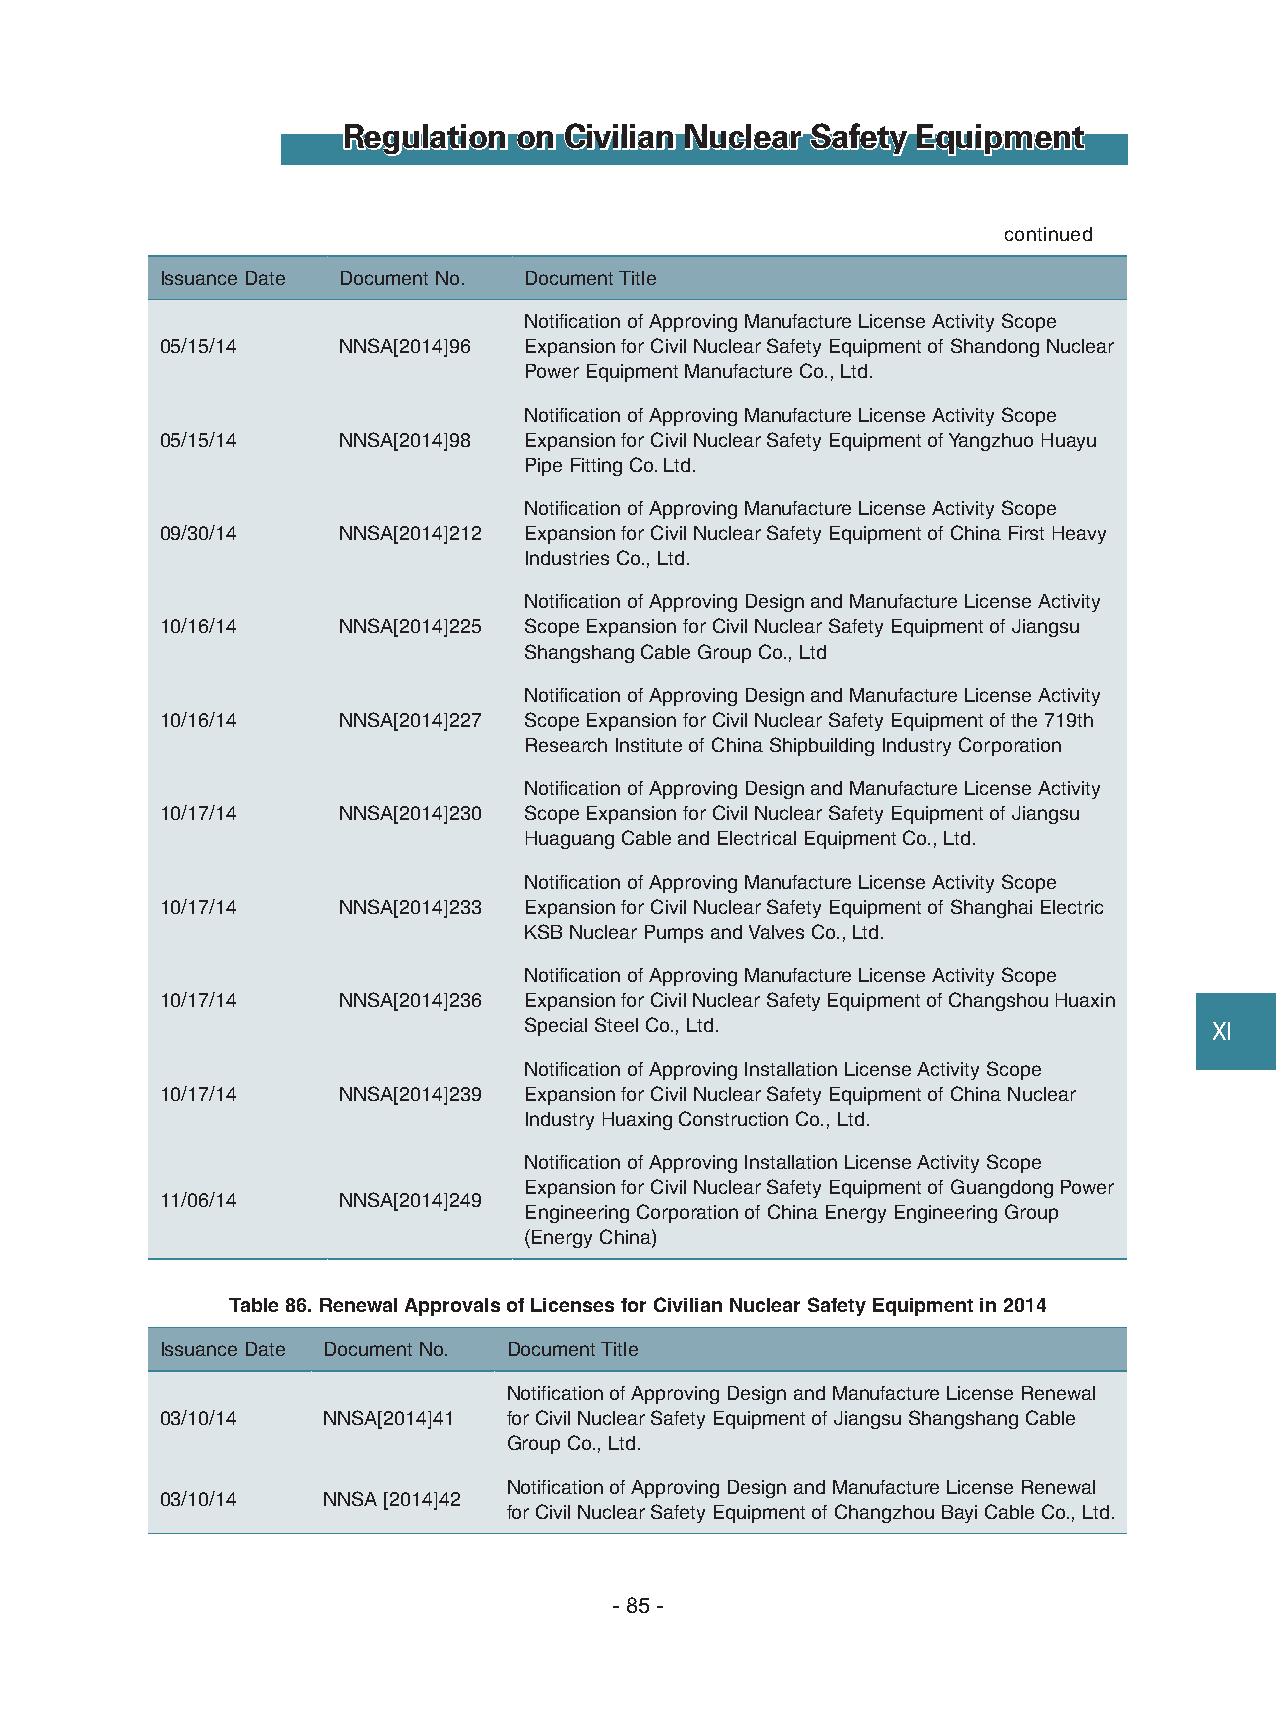
Regulation on Civilian Nuclear Safety Equipment
 continued
 Issuance Date Document No. Document Title
 Notification of Approving Manufacture License Activity Scope
 05/15/14   NNSA[2014]96 Expansion for Civil Nuclear Safety Equipment of Shandong Nuclear
 Power Equipment Manufacture Co., Ltd.
 Notification of Approving Manufacture License Activity Scope
 05/15/14   NNSA[2014]98 Expansion for Civil Nuclear Safety Equipment of Yangzhuo Huayu
 Pipe Fitting Co. Ltd.
 Notification of Approving Manufacture License Activity Scope
 09/30/14   NNSA[2014]212 Expansion for Civil Nuclear Safety Equipment of China First Heavy
 Industries Co., Ltd.
 Notification of Approving Design and Manufacture License Activity
 10/16/14   NNSA[2014]225 Scope Expansion for Civil Nuclear Safety Equipment of Jiangsu
 Shangshang Cable Group Co., Ltd
 Notification of Approving Design and Manufacture License Activity
 10/16/14   NNSA[2014]227 Scope Expansion for Civil Nuclear Safety Equipment of the 719th
 Research Institute of China Shipbuilding Industry Corporation
 Notification of Approving Design and Manufacture License Activity
 10/17/14   NNSA[2014]230 Scope Expansion for Civil Nuclear Safety Equipment of Jiangsu
 Huaguang Cable and Electrical Equipment Co., Ltd.
 Notification of Approving Manufacture License Activity Scope
 10/17/14   NNSA[2014]233 Expansion for Civil Nuclear Safety Equipment of Shanghai Electric
 KSB Nuclear Pumps and Valves Co., Ltd.
 Notification of Approving Manufacture License Activity Scope
 10/17/14   NNSA[2014]236 Expansion for Civil Nuclear Safety Equipment of Changshou Huaxin
 Special Steel Co., Ltd.                      Ⅺ
 Notification of Approving Installation License Activity Scope
 10/17/14   NNSA[2014]239 Expansion for Civil Nuclear Safety Equipment of China Nuclear
 Industry Huaxing Construction Co., Ltd.
 Notification of Approving Installation License Activity Scope
 Expansion for Civil Nuclear Safety Equipment of Guangdong Power
 11/06/14   NNSA[2014]249
 Engineering Corporation of China Energy Engineering Group
 (Energy China)
 Table 86. Renewal Approvals of Licenses for Civilian Nuclear Safety Equipment in 2014
 Issuance Date Document No. Document Title
 Notification of Approving Design and Manufacture License Renewal
 03/10/14  NNSA[2014]41 for Civil Nuclear Safety Equipment of Jiangsu Shangshang Cable
 Group Co., Ltd.
 Notification of Approving Design and Manufacture License Renewal
 03/10/14  NNSA [2014]42
 for Civil Nuclear Safety Equipment of Changzhou Bayi Cable Co., Ltd.
 - 85 -